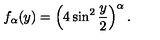
f _ { \alpha } ( y ) = \left( 4 \sin ^ { 2 } \frac { y } { 2 } \right) ^ { \alpha } .